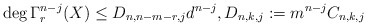
\begin{align*} \deg \Gamma^{n-j}_r(X) \le D_{n,n-m-r,j} d^{n-j}, D_{n,k,j}:=m^{n-j} C_{n,k,j} \end{align*}